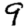
Digit: 9